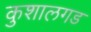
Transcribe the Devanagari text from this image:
कुशालगड